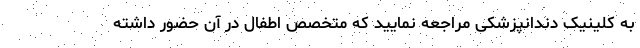
به کلینیک دندانپزشکی مراجعه نمایید که متخصص اطفال در آن حضور داشته